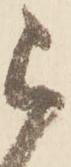
被